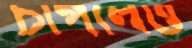
চাপলেও